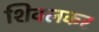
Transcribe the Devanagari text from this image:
शिवलकर